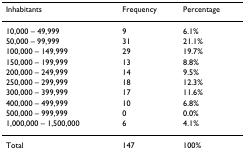
<table><thead><tr><td><b>Inhabitants</b></td><td><b>Frequency</b></td><td><b>Percentage</b></td></tr></thead><tbody><tr><td>10,000 – 49,999</td><td>9</td><td>6.1%</td></tr><tr><td>50,000 – 99,999</td><td>31</td><td>21.1%</td></tr><tr><td>100,000 – 149,999</td><td>29</td><td>19.7%</td></tr><tr><td>150,000 – 199,999</td><td>13</td><td>8.8%</td></tr><tr><td>200,000 – 249,999</td><td>14</td><td>9.5%</td></tr><tr><td>250,000 – 299,999</td><td>18</td><td>12.3%</td></tr><tr><td>300,000 – 399,999</td><td>17</td><td>11.6%</td></tr><tr><td>400,000 – 499,999</td><td>10</td><td>6.8%</td></tr><tr><td>500,000 – 999,999</td><td>0</td><td>0.0%</td></tr><tr><td>1,000,000 – 1,500,000</td><td>6</td><td>4.1%</td></tr><tr><td>Total</td><td>147</td><td>100%</td></tr></tbody></table>